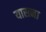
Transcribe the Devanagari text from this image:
यासना